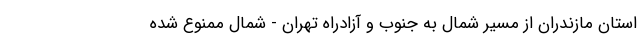
استان مازندران از مسیر شمال به جنوب و آزادراه تهران - شمال ممنوع شده